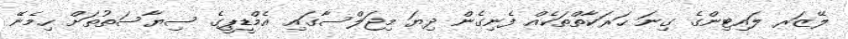
ލޭޒަރ ލައިޓިންގެ ގިނަ ޙަރަކާތްތަކެއް ފެނިގެން ދިޔަ މިޖަލްސާގައި އެމްޑީޕީގެ ސިޔާސަތުތަށް ހިމެނޭ